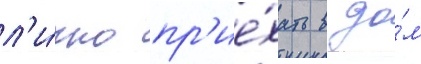
л'и́чно пр'ие́хать в до́м